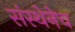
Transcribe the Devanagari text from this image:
संस्थेनेच